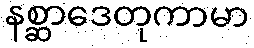
နစ္ဆာဒေတုကာမာ